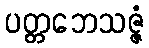
ပတ္တဘေသဇ္ဇံ